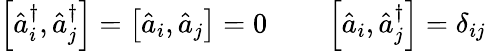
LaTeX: \begin{array}{rl}{\left[\hat{a}_{i}^{\dagger},\hat{a}_{j}^{\dagger}\right]=\left[\hat{a}_{i},\hat{a}_{j}\right]=0\quad}&{{}\left[\hat{a}_{i},\hat{a}_{j}^{\dagger}\right]=\delta_{ij}}\end{array}